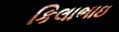
કિલાભાઇ